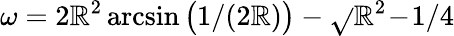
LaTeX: \omega=2\mathbb{R}^{2}\arcsin\big(1/(2\mathbb{R})\big)-\sqrt{}{{\mathbb{R}^{2}\! -\! 1/4}}